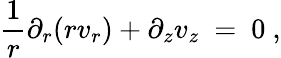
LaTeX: \frac 1r\partial_{r}(rv_{r})+\partial_{z}v_{z}\ =\ 0~,